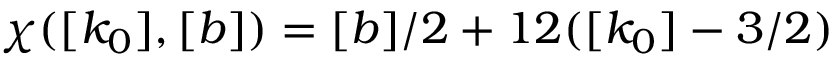
\chi ( [ k _ { 0 } ] , [ b ] ) = [ b ] / 2 + 1 2 ( [ k _ { 0 } ] - 3 / 2 )